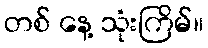
တစ် နေ့ သုံးကြိမ်။